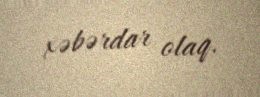
xəbərdar olaq.